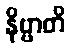
နိဗ္ဗာတိ